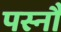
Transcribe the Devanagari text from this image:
पस्नौ